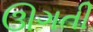
ઊગતી